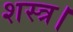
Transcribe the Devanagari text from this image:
शस्त्र।